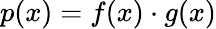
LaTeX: p(x)=f(x)\cdot g(x)